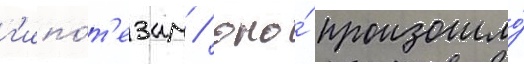
г'ипо́т'езам / оно́ произошло́